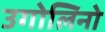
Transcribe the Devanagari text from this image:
उगोलिनो